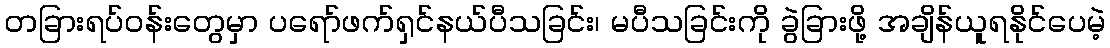
တခြားရပ်ဝန်းတွေမှာ ပရော်ဖက်ရှင်နယ်ပီသခြင်း၊ မပီသခြင်းကို ခွဲခြားဖို့ အချိန်ယူရနိုင်ပေမဲ့